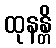
ထုနန္တိ